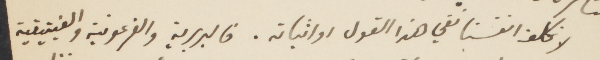
لا نكلف انفسنا نفي هذا القول اواثباته. فالبربرية والفرعونية والفينيقية